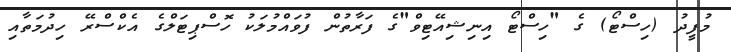
މުފީދު (ހިސްޓޯ) ގެ "ހިސްޓޯ އިނިޝިއޭޓިވް"ގެ ފަރާތުން ފުވައްމުލަކު ހޮސްޕިޓަލްގެ އެކްސްރޭ ހިދުމަތާއި